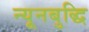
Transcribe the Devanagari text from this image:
न्यूनबुद्धि